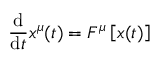
\frac { \mathrm { d } } { \mathrm { d } t } x ^ { \mu } ( t ) = F ^ { \mu } \left[ \boldsymbol { x } ( t ) \right]